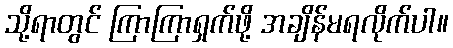
သို့ရာတွင် ကြာကြာရှက်ဖို့ အချိန်မရလိုက်ပါ။